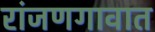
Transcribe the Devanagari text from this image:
रांजणगावात